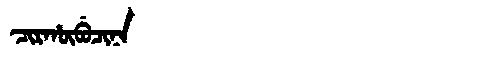
Manchu: ᠴᡳᡵᡥᡡᠪᡠᠴᡳᠨᠠ
Romanization: CIRHŪBUCINA